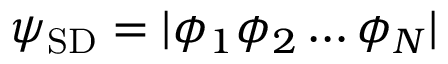
\psi _ { \mathrm { S D } } = | \phi _ { 1 } \phi _ { 2 } \ldots \phi _ { N } |